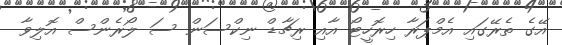
އޭގެ ތެރޭގައި އެމްޕަރާ ހިރޮހީޓޯ އާއި ރިޗާޑް ނިކްސަން ސަ ލޯރެންސް އޮލިވާ